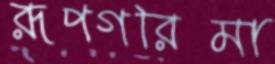
রূপগরিমা